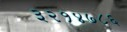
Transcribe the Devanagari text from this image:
३२१४७८६